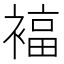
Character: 𰴃